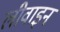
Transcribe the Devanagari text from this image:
लीवाइन